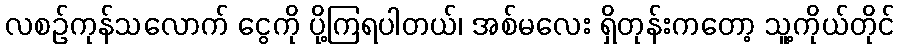
လစဉ်ကုန်သလောက် ငွေကို ပို့ကြရပါတယ်၊ အစ်မလေး ရှိတုန်းကတော့ သူ့ကိုယ်တိုင်